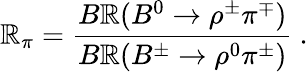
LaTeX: \mathbb{R}_{\pi}=\frac{{B\mathbb{R}(B^{0}\rightarrow\rho^{\pm}\pi^{\mp})}}{{B\mathbb{R}(B^{\pm}\rightarrow\rho^{0}\pi^{\pm})}}\ .